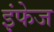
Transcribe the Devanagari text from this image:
इंफेज